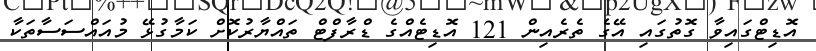
އޮޑިޓްގައިވާ ގޮތުގައި އޭގެ ތެރެއިން 121 އޮޑިޓެއްގެ ޑްރާފްޓް ތައްޔާރުކޮށް ކަމާގުޅޭ މުއައްސަސާތަކާ